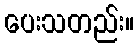
ပေးသတည်း။